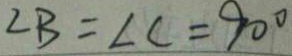
\angle B = \angle C = 9 0 ^ { \circ }